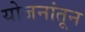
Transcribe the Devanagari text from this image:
योजनांतून